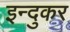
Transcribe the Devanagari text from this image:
इन्दुकर